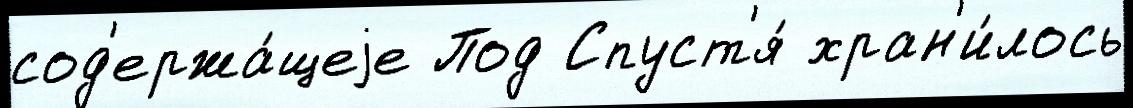
сод'ержа́щеjе Под Спуст'я́ хран'и́лось